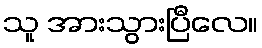
သူ အားသွားပြီလေ။